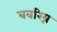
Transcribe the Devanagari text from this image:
बवरिय्न